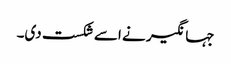
جہانگیر نے اسے شکست دی۔